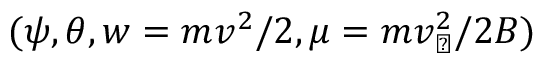
( \psi , \theta , w = m v ^ { 2 } / 2 , \mu = m v _ { \perp } ^ { 2 } / 2 B )